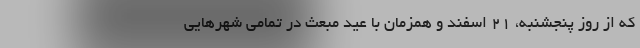
که از روز پنجشنبه، ۲۱ اسفند و همزمان با عید مبعث در تمامی شهرهایی